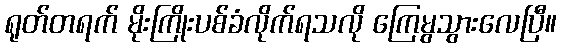
ရုတ်တရက် မိုးကြိုးပစ်ခံလိုက်ရသလို ကြေမွသွားလေပြီ။